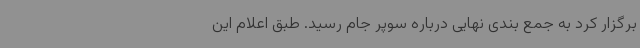
برگزار کرد به جمع بندی نهایی درباره سوپر جام رسید. طبق اعلام این